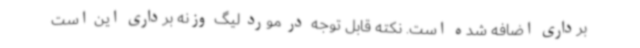
برداری اضافه شده است. نکته قابل توجه در مورد لیگ وزنه برداری این است